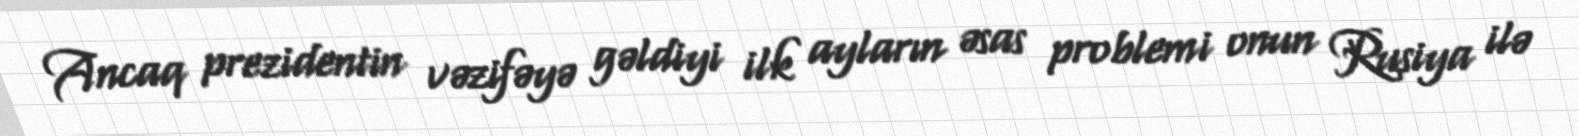
Ancaq prezidentin vəzifəyə gəldiyi ilk ayların əsas problemi onun Rusiya ilə